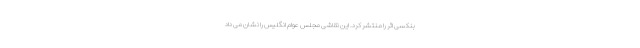
بنکسی اثر را منتشر کرد. این نقاشی مجلس عوام انگلیس را نشان می داد